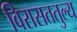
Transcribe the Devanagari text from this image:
विरासततुल्य